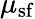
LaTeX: \mu_{\mathrm{sf}}